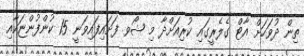
ތިން ދުވަހަށް އާޓް ގެލެރީގައި ކުރިއަށްދާ މި ޝޯވ ފަށައިފައިވަނީ 15 ކުންފުންޏަކާއި